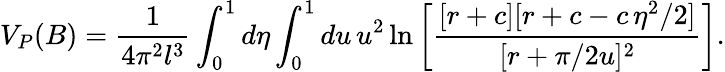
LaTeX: V_{P}(B)=\frac{1}{4\pi^{2}l^{3}}\int_{0}^{1}d\eta\int_{0}^{1}du\, u^{2}\ln\left[\frac{[r+c][r+c-c\, \eta^{2}/2]}{[r+\pi/2u]^{2}}\right].